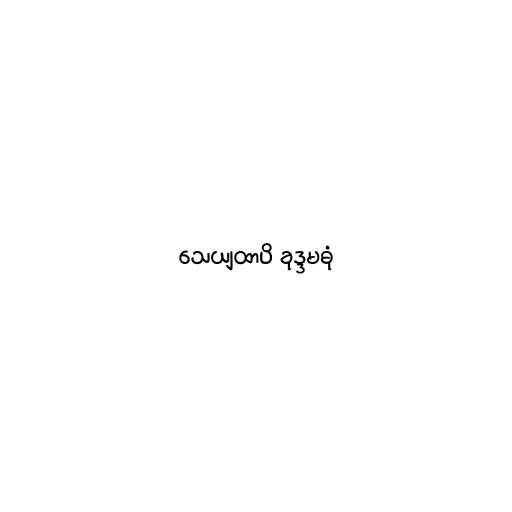
သေယျထာပိ ခုဒ္ဒမဓုံ